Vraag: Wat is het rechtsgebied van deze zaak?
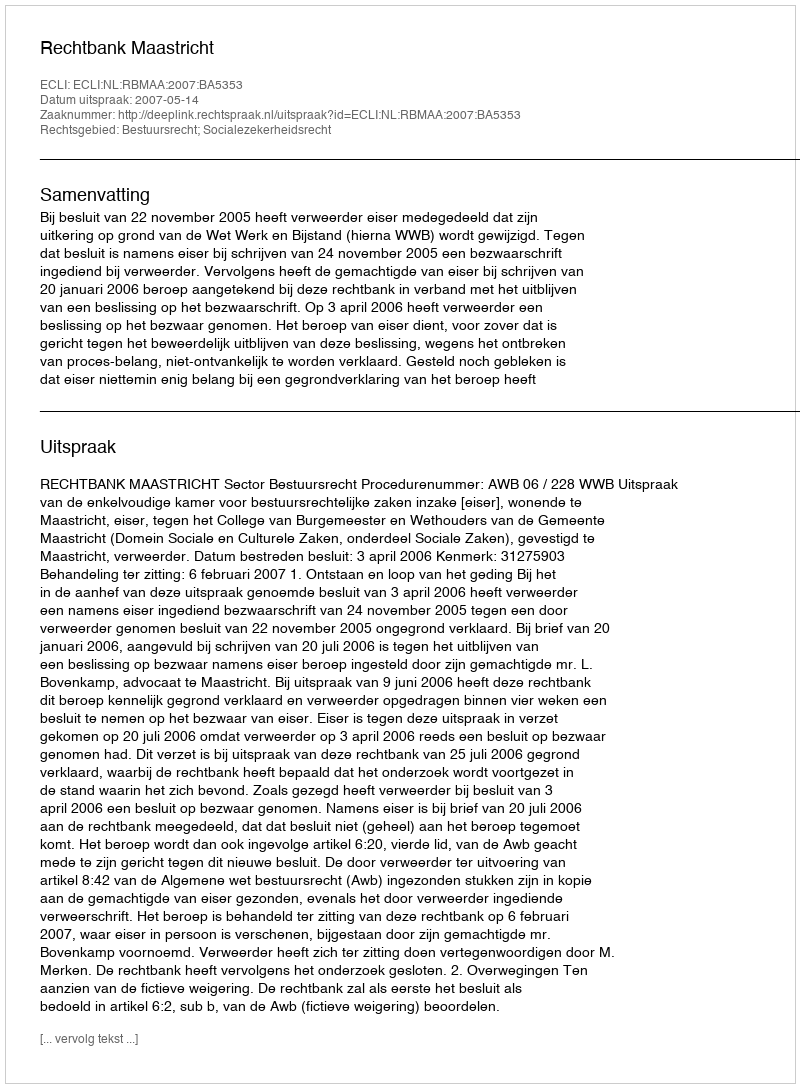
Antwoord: Bestuursrecht; Socialezekerheidsrecht